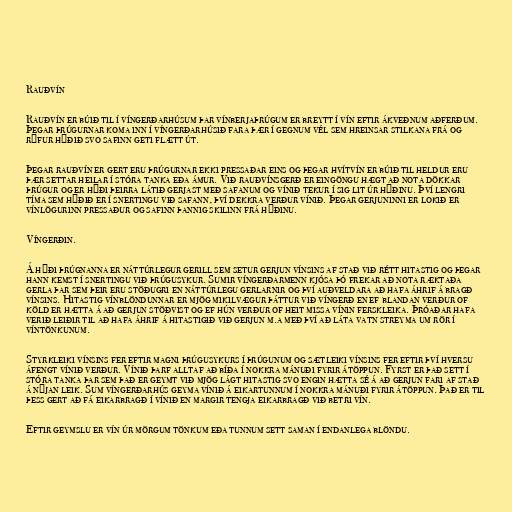
Rauðvín

Rauðvín er búið til í víngerðarhúsum þar vínberjaþrúgum er breytt í vín eftir ákveðnum aðferðum.
Þegar þrúgurnar koma inn í víngerðarhúsið fara þær í gegnum vél sem hreinsar stilkana frá og
rýfur hýðið svo safinn geti flætt út.

Þegar rauðvín er gert eru þrúgurnar ekki pressaðar eins og þegar hvítvín er búið til heldur eru
þær settar heilar í stóra tanka eða ámur. Við rauðvínsgerð er eingöngu hægt að nota dökkar
þrúgur og er hýði þeirra látið gerjast með safanum og vínið tekur í sig lit úr hýðinu. Því lengri
tíma sem hýðið er í snertingu við safann, því dekkra verður vínið. Þegar gerjuninni er lokið er
vínlögurinn pressaður og safinn þannig skilinn frá hýðinu.

Víngerðin.

Á hýði þrúgnanna er náttúrlegur gerill sem setur gerjun vínsins af stað við rétt hitastig og þegar
hann kemst í snertingu við þrúgusykur. Sumir víngerðarmenn kjósa þó frekar að nota ræktaða
gerla þar sem þeir eru stöðugri en náttúrlegu gerlarnir og því auðveldara að hafa áhrif á bragð
vínsins. Hitastig vínblöndunnar er mjög mikilvægur þáttur við víngerð en ef blandan verður of
köld er hætta á að gerjun stöðvist og ef hún verður of heit missa vínin ferskleika. Þróaðar hafa
verið leiðir til að hafa áhrif á hitastigið við gerjun m.a með því að láta vatn streyma um rör í
víntönkunum.

Styrkleiki vínsins fer eftir magni þrúgusykurs í þrúgunum og sætleiki vínsins fer eftir því hversu
áfengt vínið verður. Vínið þarf alltaf að bíða í nokkra mánuði fyrir átöppun. Fyrst er það sett í
stóra tanka þar sem það er geymt við mjög lágt hitastig svo engin hætta sé á að gerjun fari af stað
á nýjan leik. Sum víngerðarhús geyma vínið á eikartunnum í nokkra mánuði fyrir átöppun. Það er til
þess gert að fá eikarbragð í vínið en margir tengja eikarbragð við betri vín.

Eftir geymslu er vín úr mörgum tönkum eða tunnum sett saman í endanlega blöndu.